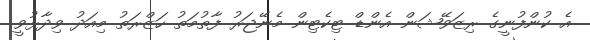
އެ ކުންފުނީގެ ރިޒަވޭޝަން އެންޑް ޓިކެޓިން މެނޭޖަރު ފާތުމަތު ހަޒްރަތު މިއަދު ވިދާޅުވީ